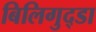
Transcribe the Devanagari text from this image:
बिलिगुद्डा